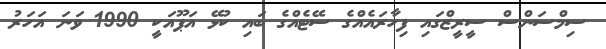
ސިމްސަންސް ސީރީޒްގައި ފިހާރައެއްގެ ސޭޓެއްގެ ބައި ކުޅޭ އަޕޫއަކީ 1990 ވަނަ އަހަރު